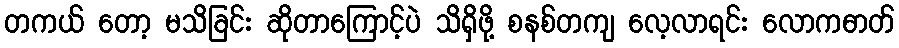
တကယ် တော့ မသိခြင်း ဆိုတာကြောင့်ပဲ သိရှိဖို့ စနစ်တကျ လေ့လာရင်း လောကဓာတ်